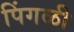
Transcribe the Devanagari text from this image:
पिंगळी